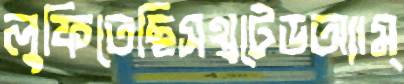
লুফিতেছিসথ্রটেডঅ্যাম্